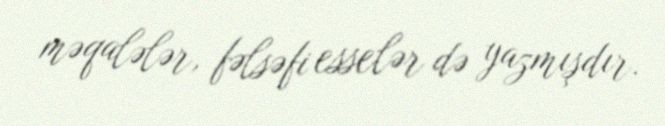
məqalələr, fəlsəfi esselər də yazmışdır.